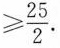
$$> \frac{ 2 5 }{ 2 }$$